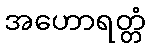
အဟောရတ္တံ